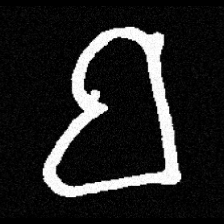
Pyu character \u2014 Myanmar letter: ဗ (romanized: ba)